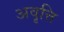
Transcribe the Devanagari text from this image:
अवृत्ति